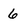
Character: 6